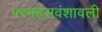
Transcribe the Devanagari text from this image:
परमहंसवंशावली